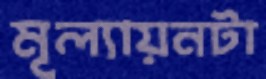
মূল্যায়নটা